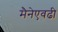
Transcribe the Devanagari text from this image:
मैनेएवढी